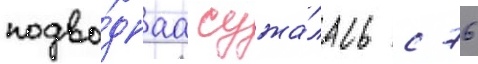
подво́днаа сужа́лась с 76